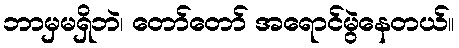
ဘာမှမရှိဘဲ၊ တော်တော် အရောင်မွဲနေတယ်။